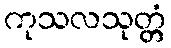
ကုသလသုတ္တံ